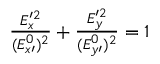
\begin{array} { r } { \frac { E _ { x } ^ { \prime 2 } } { ( E _ { x \prime } ^ { 0 } ) ^ { 2 } } + \frac { E _ { y } ^ { \prime 2 } } { ( E _ { y \prime } ^ { 0 } ) ^ { 2 } } = 1 } \end{array}